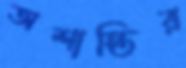
অশান্তির